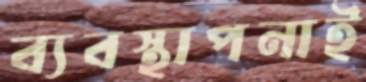
ব্যবস্থাপনাই